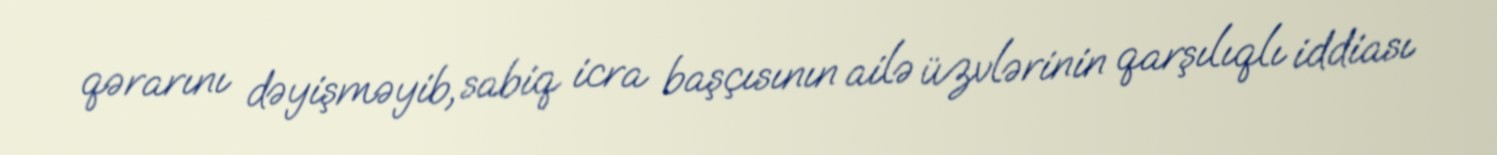
qərarını dəyişməyib, sabiq icra başçısının ailə üzvlərinin qarşılıqlı iddiası